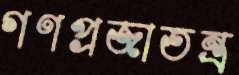
গণপ্রজাতন্ত্র